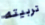
تربيته